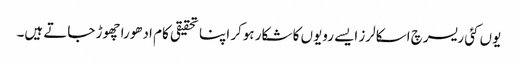
یوں کئی ریسرچ اسکالرز ایسے رویوں کا شکار ہوکر اپنا تحقیقی کام ادھورا چھوڑ جاتے ہیں۔